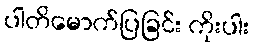
ပါတိမောက်ပြခြင်း ကိုးပါး